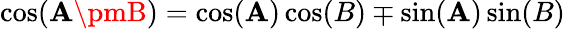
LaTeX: \cos(\mathbf{A}\pmB)=\cos(\mathbf{A})\cos(B)\mp\sin(\mathbf{A})\sin(B)